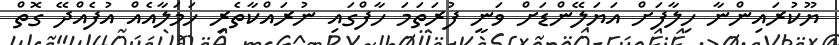
ޔޫކުރައިންނާ ހިލާފަށް އަޔަލޭންޑަށް ވަނީ ފުރަތަމަ ހާފްގައި ނުރައްކާތެރި ހަމަލާއެއް އުފެއްދޭ ގޮތް